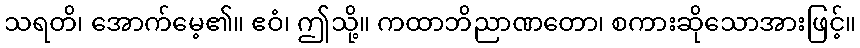
သရတိ၊ အောက်မေ့၏။ ဧဝံ၊ ဤသို့။ ကထာဘိညာဏတော၊ စကားဆိုသောအားဖြင့်။